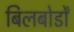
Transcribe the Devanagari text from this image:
बिलबोर्डों